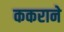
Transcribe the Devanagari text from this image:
ककराने